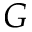
G